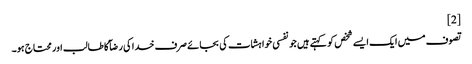
[2]
تصوف میں ایک ایسے شخص کو کہتے ہیں جو نفسی خواہشات کی بجائے صرف خدا کی رضآ کا طالب اور محتاج ہو۔